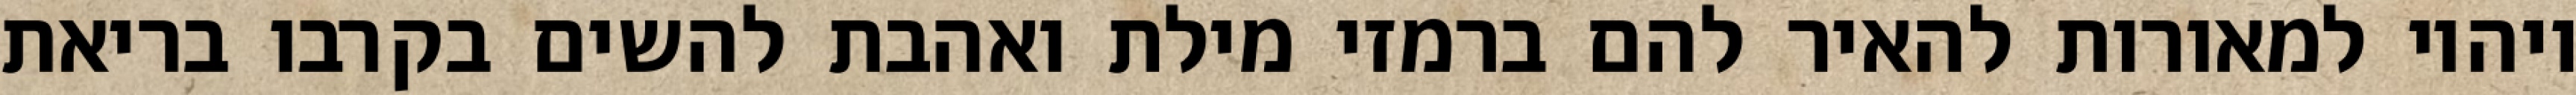
ויהיו למאורות להאיר להם ברמזי מילת ואהבת להשים בקרבו בריאת